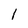
Character: 1